Tartu_pedagoogiumi_aruanded, lk 14
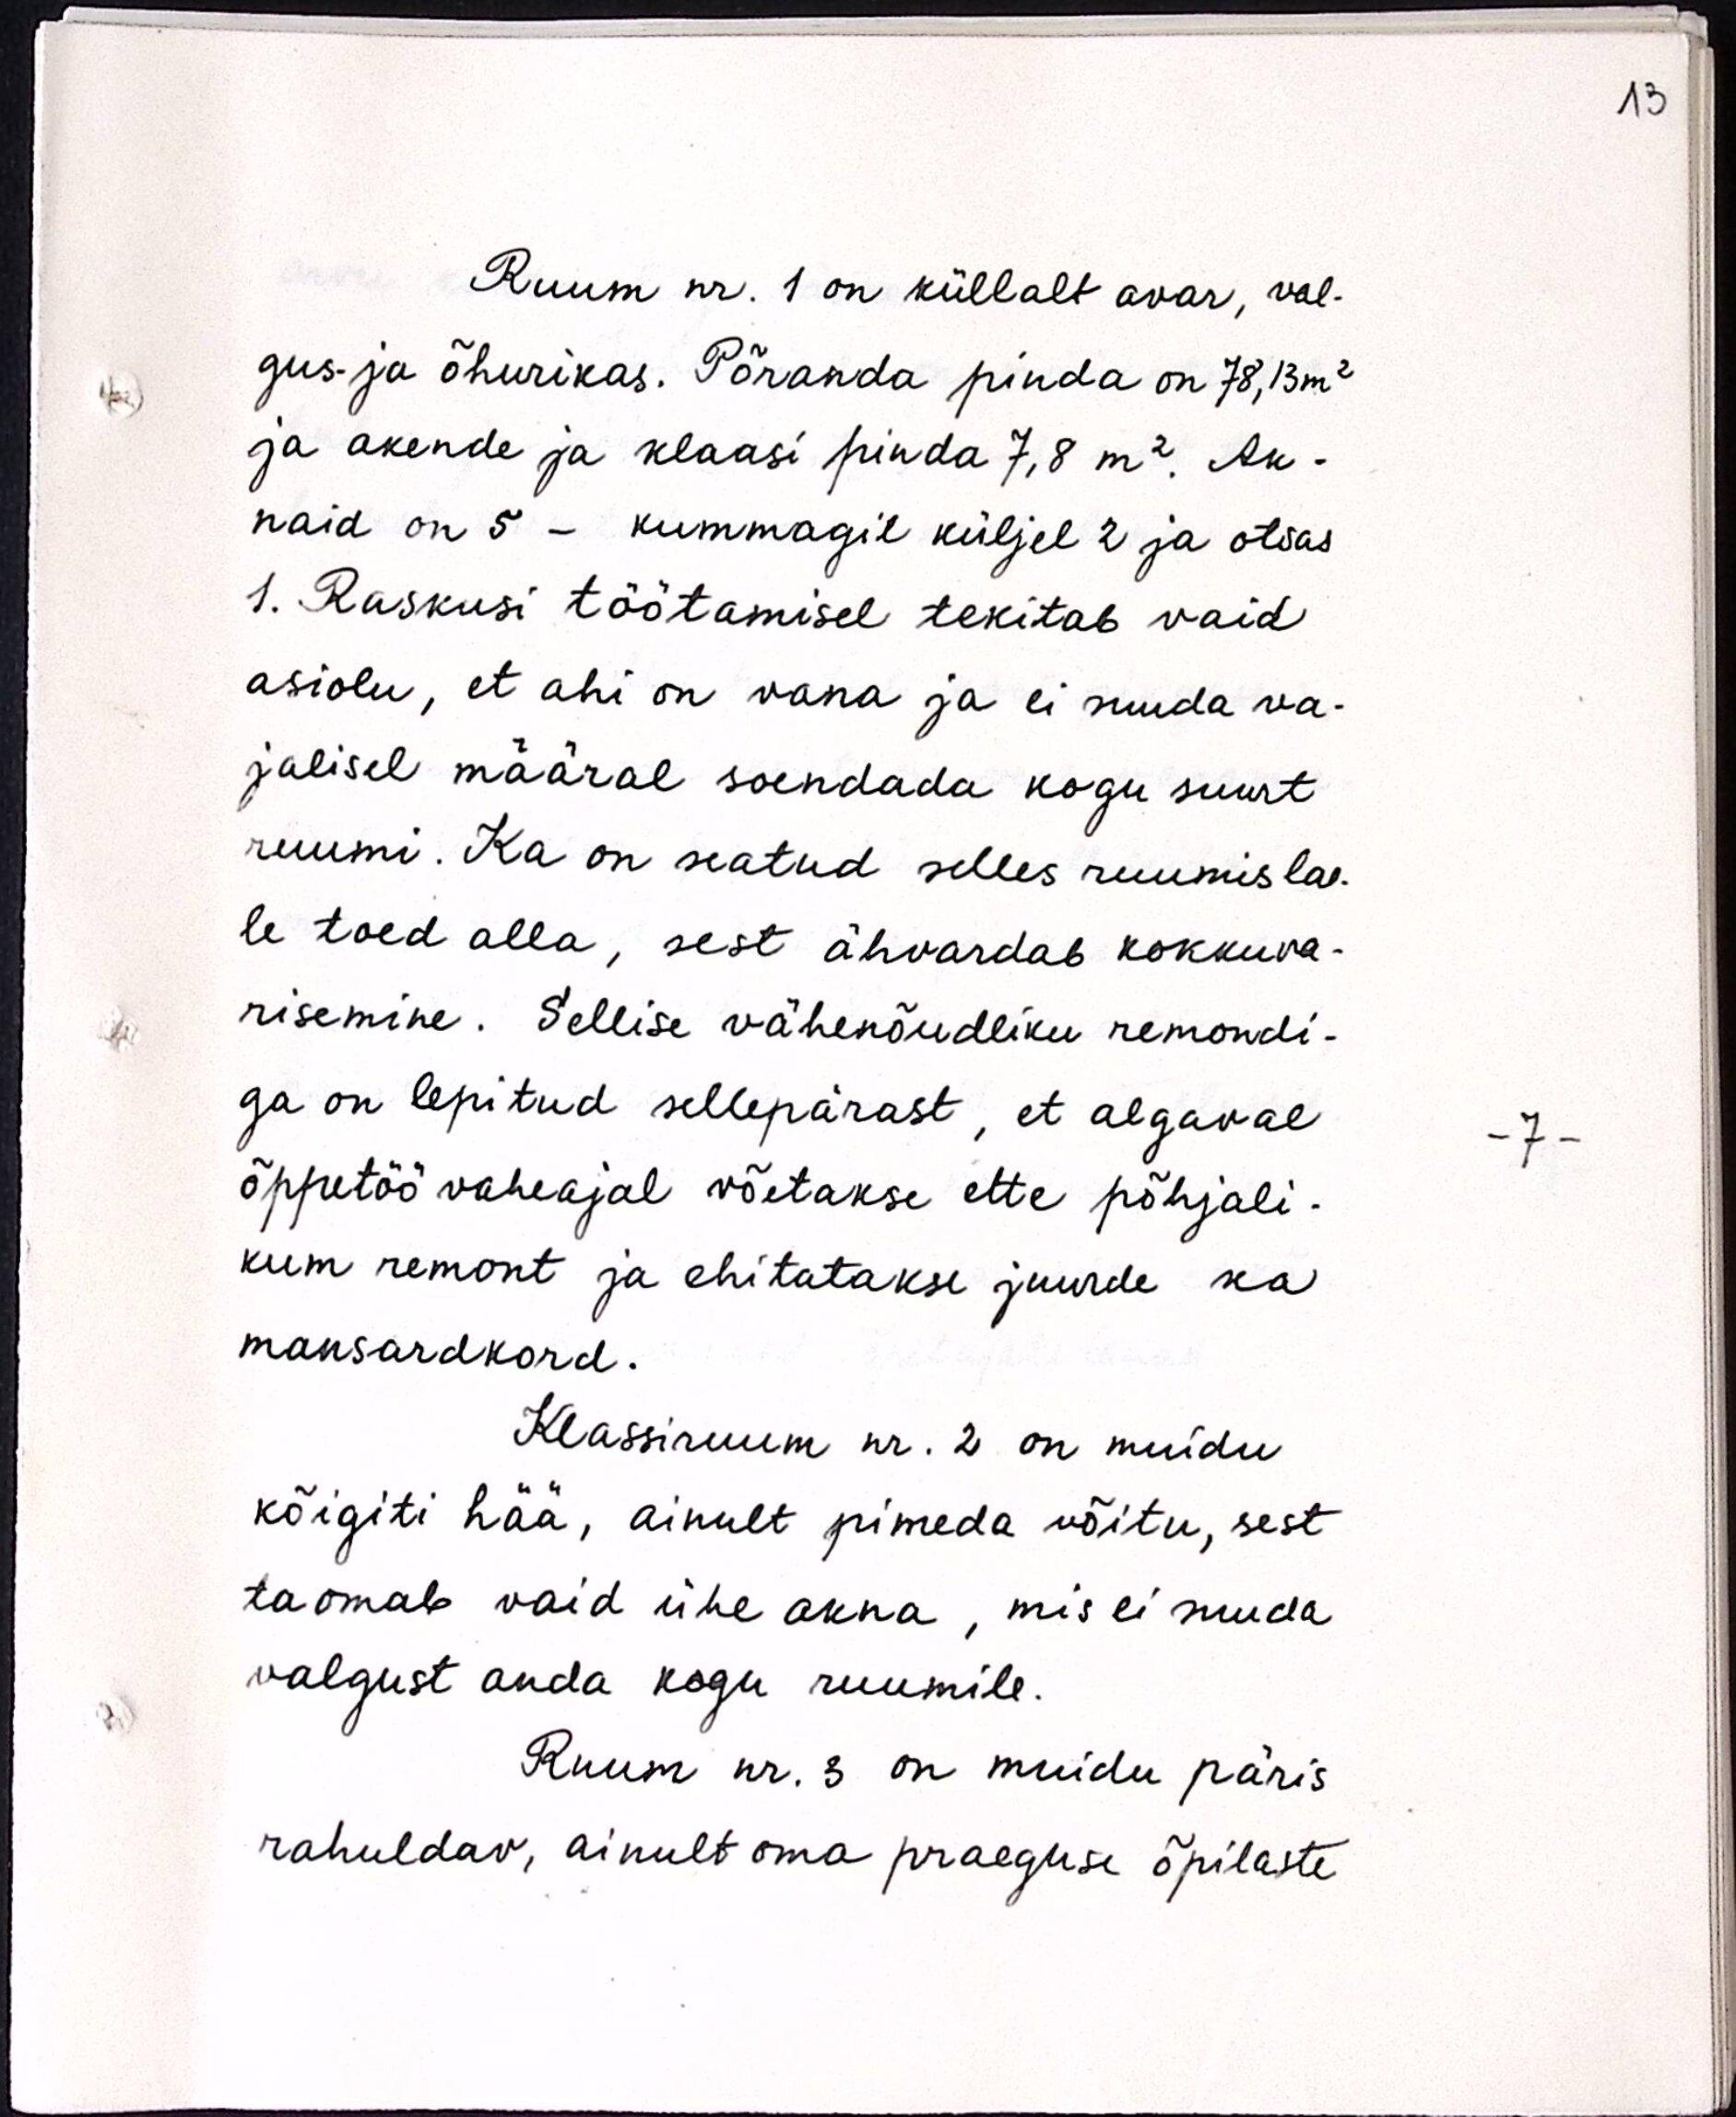
Ruum nr. 1 on küllalt avar, val-
gus- ja õhurikas. Põranda pinda on 78,13m2
ja akende ja klaasi pinda 7,8 m2. Ak-
naid on 5 - kummagil küljel 2 ja otsas
1. Raskusi töötamisel tekitab vaid
asiolu, et ahi on vana ja ei suuda va-
jalisel määral soendada kogu suurt
ruumi. Ka on seatud selles ruumislae-
le toed alla, sest ähvardab kokkuva-
risemine. Sellise vähenõudliku remondi-
ga on lepitud sellepärast, et algaval
õppetöövaheajal võetakse ette põhjali-
kum remont ja ehitatakse juurde ka
mansardkord.
Klassiruum nr. 2 on muidu
kõigiti hää, ainult pimeda võitu, sest
ta omab vaid ühe akna, mis ei suuda
valgust anda kogu ruumile.
Ruum nr. 3 on muidu päris
rahuldav, ainult oma praeguse õpilaste